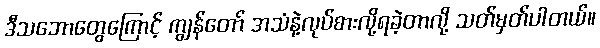
ဒီသဘောတွေကြောင့် ကျွန်တော် အသံနဲ့လုပ်စားလို့ရခဲ့တာလို့ သတ်မှတ်ပါတယ်။